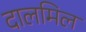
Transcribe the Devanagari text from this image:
दालमिल